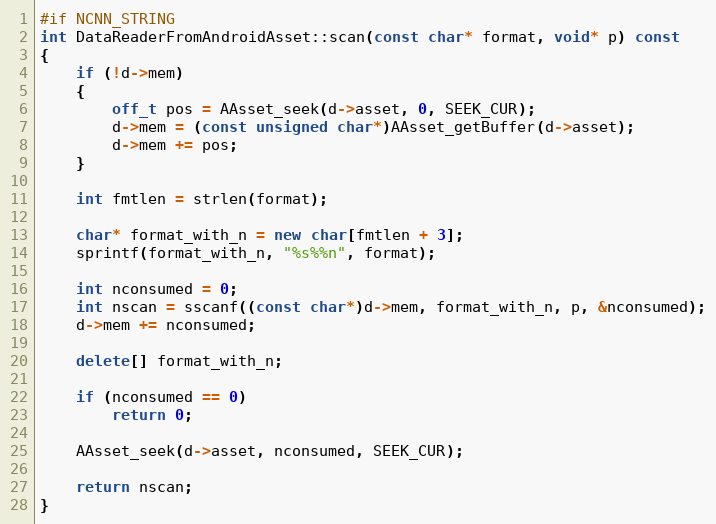
Language: C++
#if NCNN_STRING
int DataReaderFromAndroidAsset::scan(const char* format, void* p) const
{
    if (!d->mem)
    {
        off_t pos = AAsset_seek(d->asset, 0, SEEK_CUR);
        d->mem = (const unsigned char*)AAsset_getBuffer(d->asset);
        d->mem += pos;
    }

    int fmtlen = strlen(format);

    char* format_with_n = new char[fmtlen + 3];
    sprintf(format_with_n, "%s%%n", format);

    int nconsumed = 0;
    int nscan = sscanf((const char*)d->mem, format_with_n, p, &nconsumed);
    d->mem += nconsumed;

    delete[] format_with_n;

    if (nconsumed == 0)
        return 0;

    AAsset_seek(d->asset, nconsumed, SEEK_CUR);

    return nscan;
}